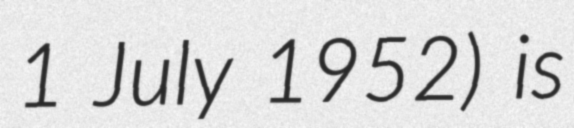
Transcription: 1 July 1952) is